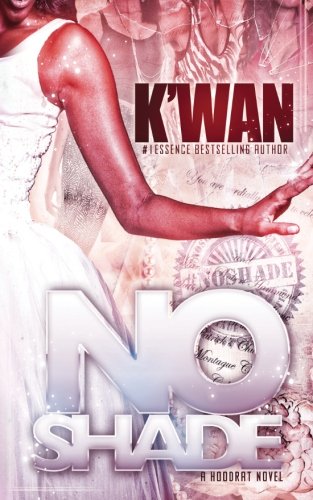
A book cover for No Shade: A Hood Rat Novel (Volume 6); K'wan; Literature & Fiction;